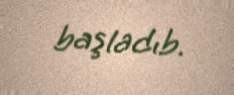
başladıb.